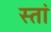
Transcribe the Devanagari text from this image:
स्तां